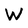
Character: W